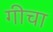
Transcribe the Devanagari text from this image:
गीचा